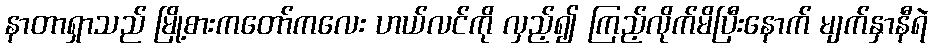
နာတာရှာသည် မြို့စားကတော်ကလေး ဟယ်လင်ကို လှည့်၍ ကြည့်လိုက်မိပြီးနောက် မျက်နှာနီရဲ